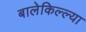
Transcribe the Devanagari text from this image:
बालेकिल्ल्या